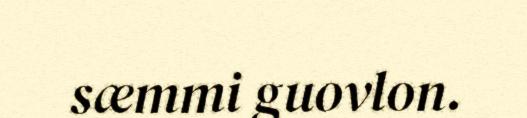
sæmmi guovlon.